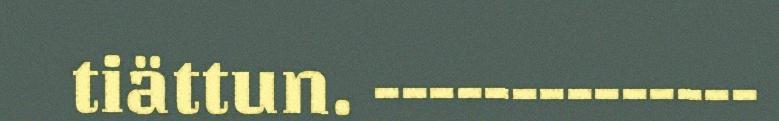
tiättun. --------------